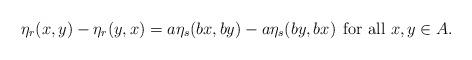
LaTeX: \begin{align*}\eta_r(x,y)-\eta_r(y,x)=a\eta_s(bx,by)-a\eta_s(by,bx)\;\,\mbox{for all $x,y\in A$.}\end{align*}